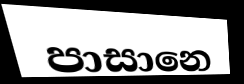
පාසානෙ